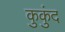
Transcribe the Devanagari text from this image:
कुकुंद